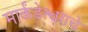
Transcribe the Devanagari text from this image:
मार्कंडेश्वराचे